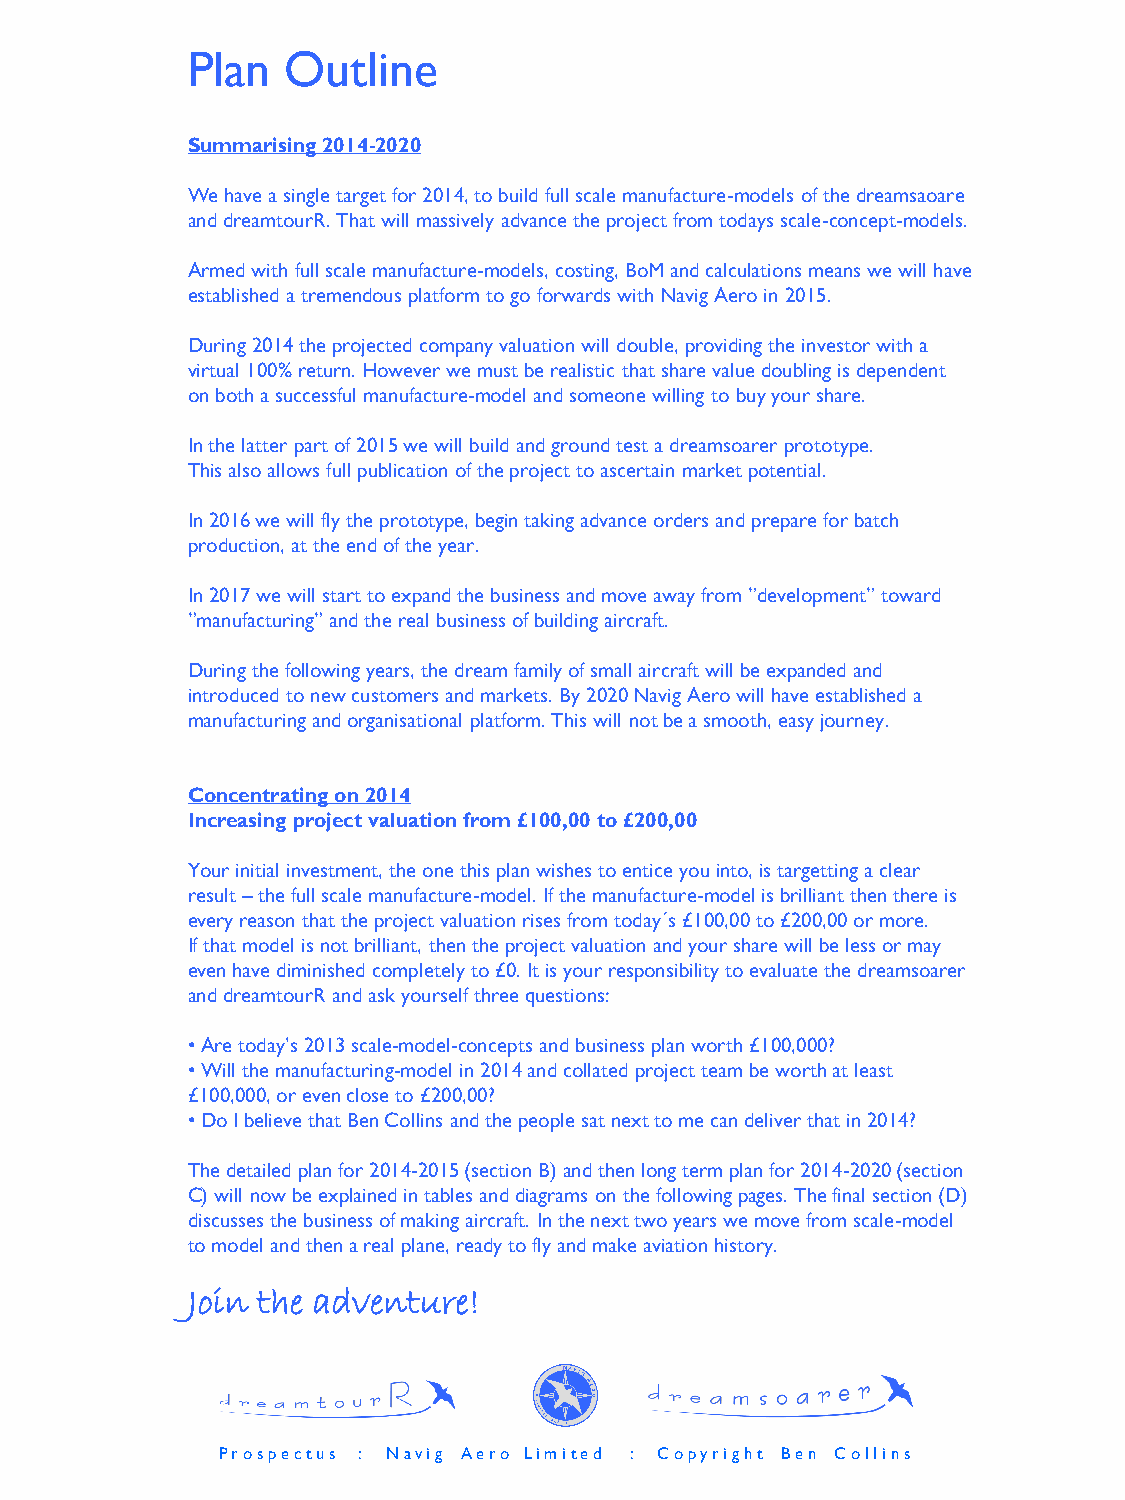
Plan   Outline
 Summarising 2014-2020
 We have a single target for 2014, to build full scale manufacture-models of the dreamsaoare
 and dreamtourR. That will massively advance the project from todays scale-concept-models.
 Armed with full scale manufacture-models, costing, BoM and calculations means we will have
 established a tremendous platform to go forwards with Navig Aero in 2015.
 During 2014 the projected company valuation will double, providing the investor with a
 virtual 100% return. However we must be realistic that share value doubling is dependent
 on both a successful manufacture-model and someone willing to buy your share.
 In the latter part of 2015 we will build and ground test a dreamsoarer prototype.
 This also allows full publication of the project to ascertain market potential.
 In 2016 we will fly the prototype, begin taking advance orders and prepare for batch
 production, at the end of the year.
 In 2017 we will start to expand the business and move away from ”development” toward
 ”manufacturing” and the real business of building aircraft.
 During the following years, the dream family of small aircraft will be expanded and
 introduced to new customers and markets. By 2020 Navig Aero will have established a
 manufacturing and organisational platform. This will not be a smooth, easy journey.
 Concentrating on 2014
 Increasing project valuation from £100,00 to £200,00
 Your initial investment, the one this plan wishes to entice you into, is targetting a clear
 result –the full scale manufacture-model. If the manufacture-model is brilliant then there is
 every reason that the project valuation rises from today´s £100,00 to £200,00 or more.
 If that model is not brilliant, then the project valuation and your share will be less or may
 even have diminished completely to £0. It is your responsibility to evaluate the dreamsoarer
 and dreamtourR and ask yourself three questions:
 •Are today’s 2013 scale-model-concepts and business plan worth £100,000?
 •Will the manufacturing-model in 2014 and collated project team be worth at least
 £100,000, or even close to £200,00?
 •Do I believe that Ben Collins and the people sat next to me can deliver that in 2014?
 The detailed plan for 2014-2015 (section B)and then long term plan for 2014-2020 (section
 C) will now be explained in tables and diagrams on the following pages. The final section (D)
 discusses the business of making aircraft. In the next two years we move from scale-model
 to model and then a real plane, ready to fly and make aviation history.
 Join the adventure!
 P r o s p e c t u s : N a v i g A e r o L i m i t e d : C o p y r i g h t B e n C o l l i n s